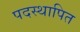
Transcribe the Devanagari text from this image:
पदस्‍थापित